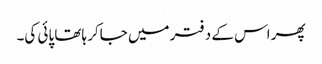
پھر اس کے دفتر میں جاکر ہاتھا پائی کی۔